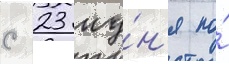
с 23 иу́н'я по́